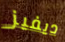
ديفيز